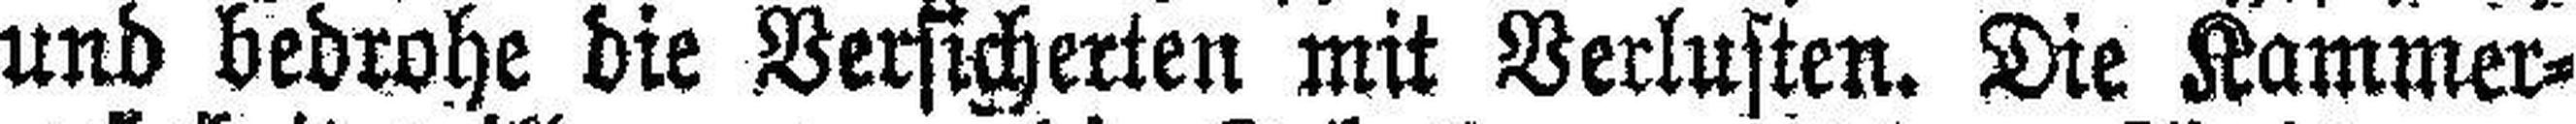
und bedrohe die Versicherten mit Verlusten. Die Kammer¬